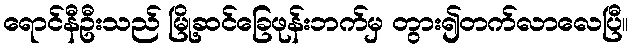
ရောင်နီဦးသည် မြို့ဆင်ခြေဖုန်းဘက်မှ တွား၍တက်လာလေပြီ။